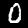
Label: 0